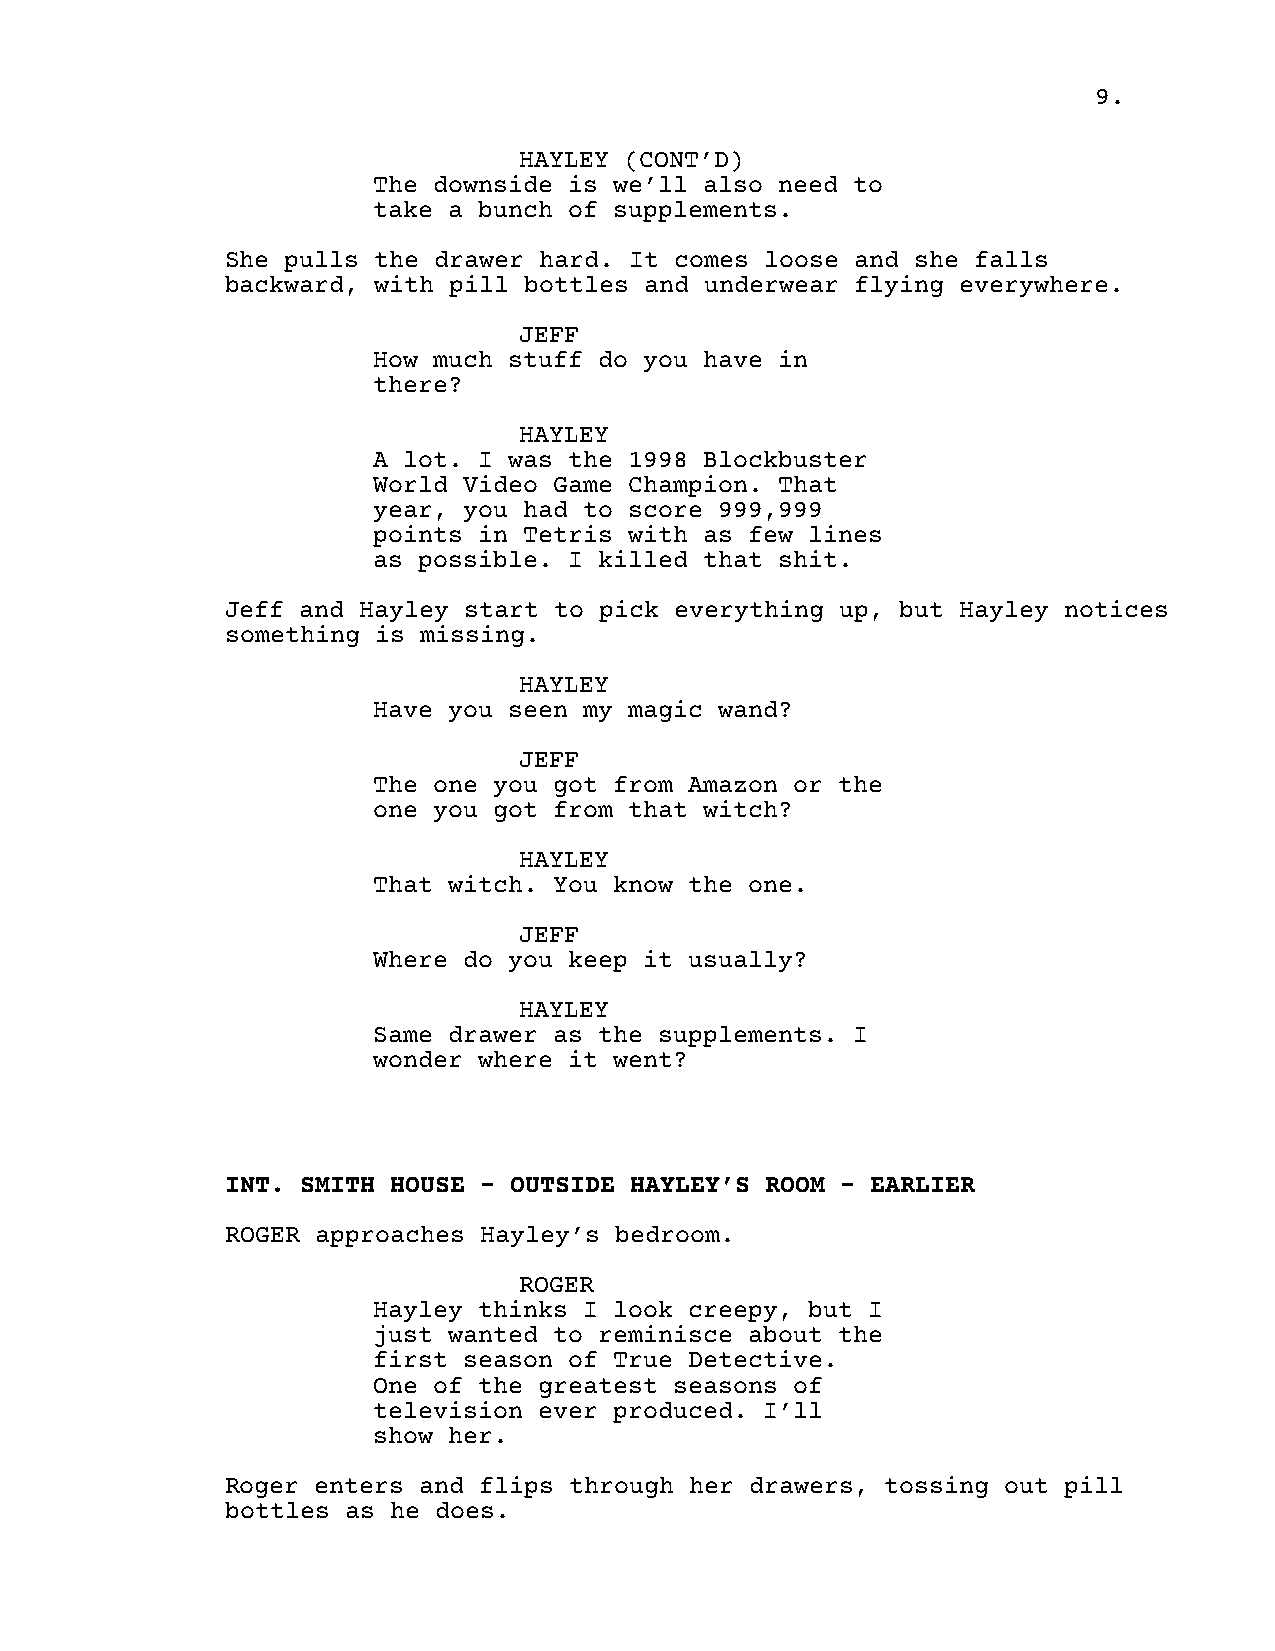
9.
 HAYLEY (CONT’D)
 The downside is we’ll also need to
 take a bunch of supplements.
 She pulls the drawer hard. It comes loose and she falls
 backward, with pill bottles and underwear flying everywhere.
 JEFF
 How much stuff do you have in
 there?
 HAYLEY
 A lot. I was the 1998 Blockbuster
 World Video Game Champion. That
 year, you had to score 999,999
 points in Tetris with as few lines
 as possible. I killed that shit.
 Jeff and Hayley start to pick everything up, but Hayley notices
 something is missing.
 HAYLEY
 Have you seen my magic wand?
 JEFF
 The one you got from Amazon or the
 one you got from that witch?
 HAYLEY
 That witch. You know the one.
 JEFF
 Where do you keep it usually?
 HAYLEY
 Same drawer as the supplements. I
 wonder where it went?
 INT. SMITH HOUSE - OUTSIDE HAYLEY’S ROOM - EARLIER
 ROGER approaches Hayley’s bedroom.
 ROGER
 Hayley thinks I look creepy, but I
 just wanted to reminisce about the
 first season of True Detective.
 One of the greatest seasons of
 television ever produced. I’ll
 show her.
 Roger enters and flips through her drawers, tossing out pill
 bottles as he does.